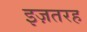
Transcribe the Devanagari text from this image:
इज़तरह